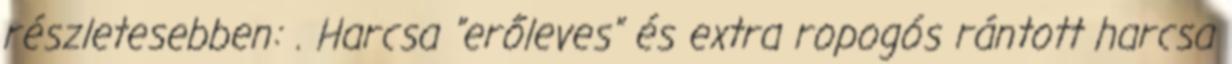
részletesebben: . Harcsa "erőleves" és extra ropogós rántott harcsa